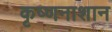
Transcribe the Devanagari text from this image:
कृष्णनाशान